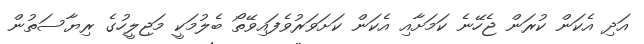
އަދި އެކަން ކުރަން ޖެހޭނެ ކަމަށާއި އެކަން ކަށަވަރުވެފައިވޭތޯ ބެލުމަކީ މަޖިލީހުގެ ރިޔާސަތުން